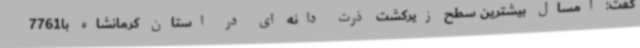
گفت: امسال بیشترین سطح زیرکشت ذرت دانه ای در استان کرمانشاه با7761